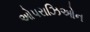
ઓપરાઝિઓન